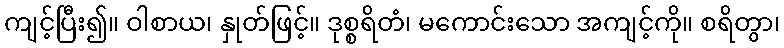
ကျင့်ပြီး၍။ ဝါစာယ၊ နှုတ်ဖြင့်။ ဒုစ္စရိတံ၊ မကောင်းသော အကျင့်ကို။ စရိတွာ၊